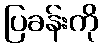
ပြခန်းကို